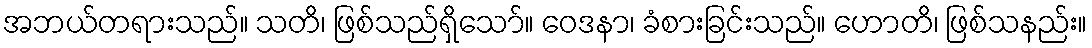
အဘယ်တရားသည်။ သတိ၊ ဖြစ်သည်ရှိသော်။ ဝေဒနာ၊ ခံစားခြင်းသည်။ ဟောတိ၊ ဖြစ်သနည်း။